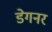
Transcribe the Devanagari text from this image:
डेगनर